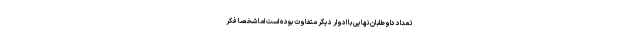
تعداد داوطلبان نهایی با ادوار دیگر متفاوت بوده است اما شخصاً فکر